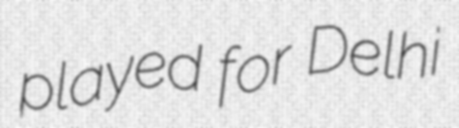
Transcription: played for Delhi